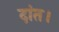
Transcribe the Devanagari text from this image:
दांत।